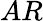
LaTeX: AR